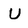
Character: U